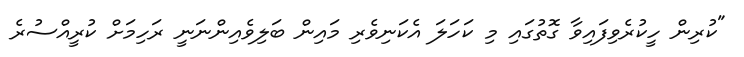
"ކުރިން ހީކުރެވިފައިވާ ގޮތުގައި މި ކަހަލަ އެކަނިވެރި މައިން ބަލިވެއިންނަނީ ރަހިމަށް ކުރީއްސުރެ